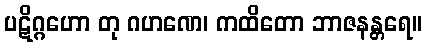
ပဋိဂ္ဂဟော တု ဂဟဏေ၊ ကထိတော ဘာဇနန္တရေ။